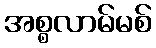
အစ္စလာမ်မစ်